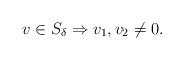
LaTeX: \begin{align*} v \in S_\delta \Rightarrow v_1,v_2 \not= 0.\end{align*}